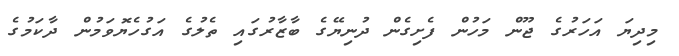
މިދިޔަ އަހަރުގެ ޖޫން މަހުން ފެށިގެން ދުނިޔޭގެ ބާޒާރުގައި ތެލުގެ އަގުހެޔޮވަމުން ދާކަމުގެ